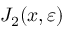
J _ { 2 } ( x , \varepsilon )